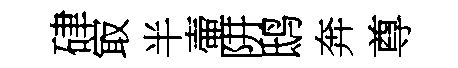
硉㝡半壷阱鸱奔尊